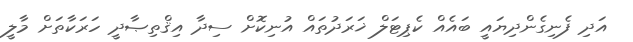
އަދި ފެނިގެންދިޔައީ ބައެއް ކެޕިޓަލް ޚަރަދުތައް އުނިކޮށް ސިދާ އިޤްތިޞާދީ ހަރަކާތަށް މާލީ